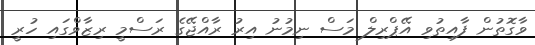
ވާގޮތުން ފާއިތުވި އޭޕްރިލް މަސް ނިމުނު އިރު ރާއްޖޭގެ ރަސްމީ ރިޒާވްގައި ހުރީ